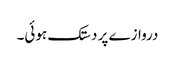
دروازے پر دستک ہوئی۔